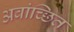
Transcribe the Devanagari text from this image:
अवांच्छित